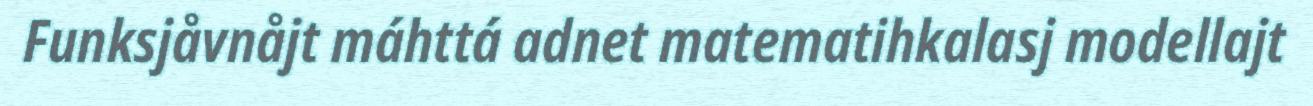
Funksjåvnåjt máhttá adnet matematihkalasj modellajt